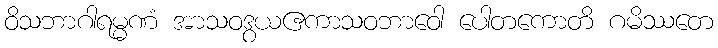
ဝိသဘာဂါရမ္မဏံ အာသဝဒွယဧကာသဝဘာဝေါ ပေါတကောတိ ဂမိဿတေ